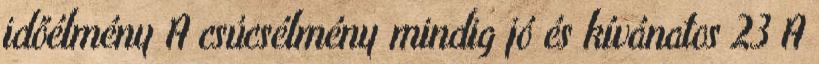
időélmény A csúcsélmény mindig jó és kívánatos 23 A